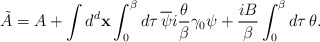
\begin{align*}\tilde{A}=A+\int d^d {\bf x}\int_{0}^{\beta}d\tau{\,}\overline{\psi}i\frac{\theta}{\beta}\gamma_{0}\psi+\frac{iB}{\beta}\int_{0}^{\beta}d\tau{\,}\theta.\end{align*}